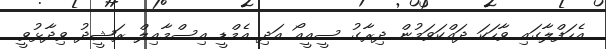
އެހަފްލާގައި ވާހަކަ ދައްކަވަމުން ދިރާގު ސީއީއޯ އަދި އެމްޑީ އިސްމާއިލް ރަޝީދު ވިދާޅުވީ